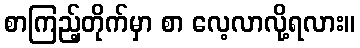
စာကြည့်တိုက်မှာ စာ လေ့လာလို့ရလား။